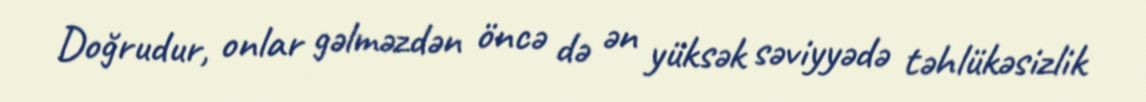
Doğrudur, onlar gəlməzdən öncə də ən yüksək səviyyədə təhlükəsizlik